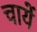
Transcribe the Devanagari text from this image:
चायें